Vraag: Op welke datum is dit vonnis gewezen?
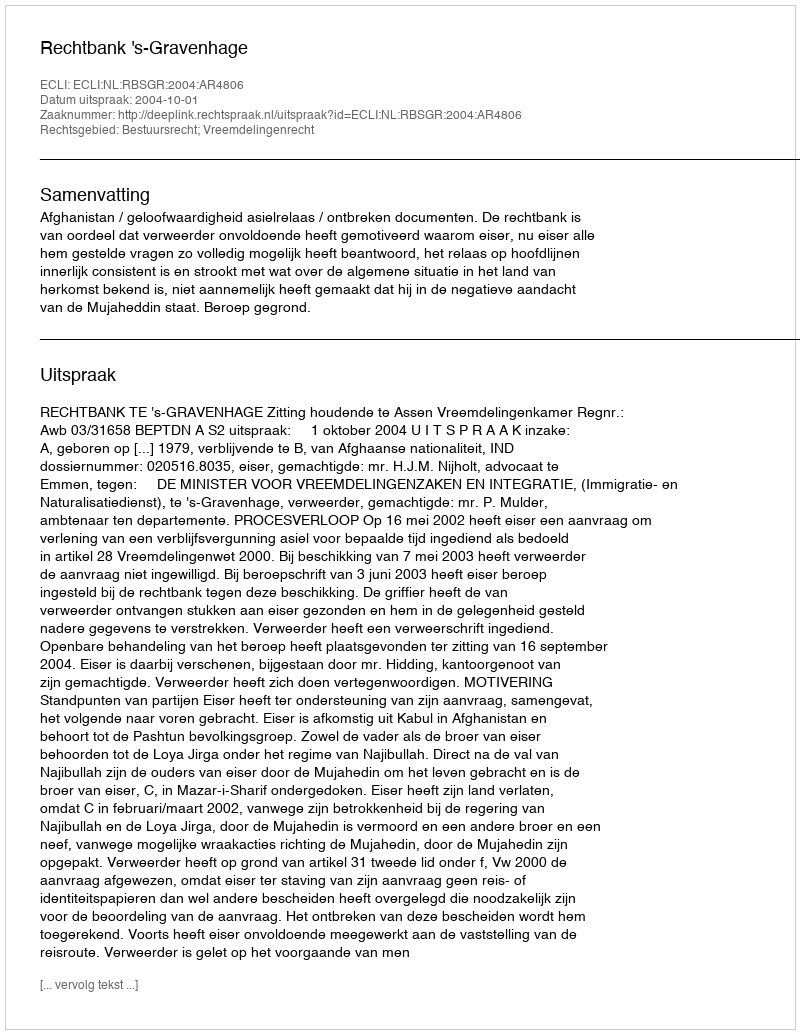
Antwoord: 2004-10-01